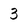
Character: 3